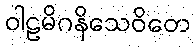
ဝါဠမိဂနိသေဝိတေ